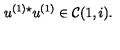
u ^ { ( 1 ) \star } u ^ { ( 1 ) } \in { \cal C } ( 1 , i ) .